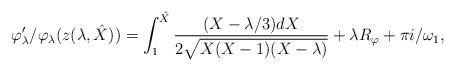
LaTeX: \begin{align*}\varphi_\lambda'/\varphi_\lambda(z(\lambda,\hat{X})) = \int_{1}^{\hat{X}}\frac{(X-\lambda/3)dX}{2\sqrt{X(X-1)(X-\lambda)}} + \lambda R_{\varphi} +\pi i/\omega_1,\end{align*}